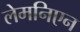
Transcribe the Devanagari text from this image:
लेमनिएन